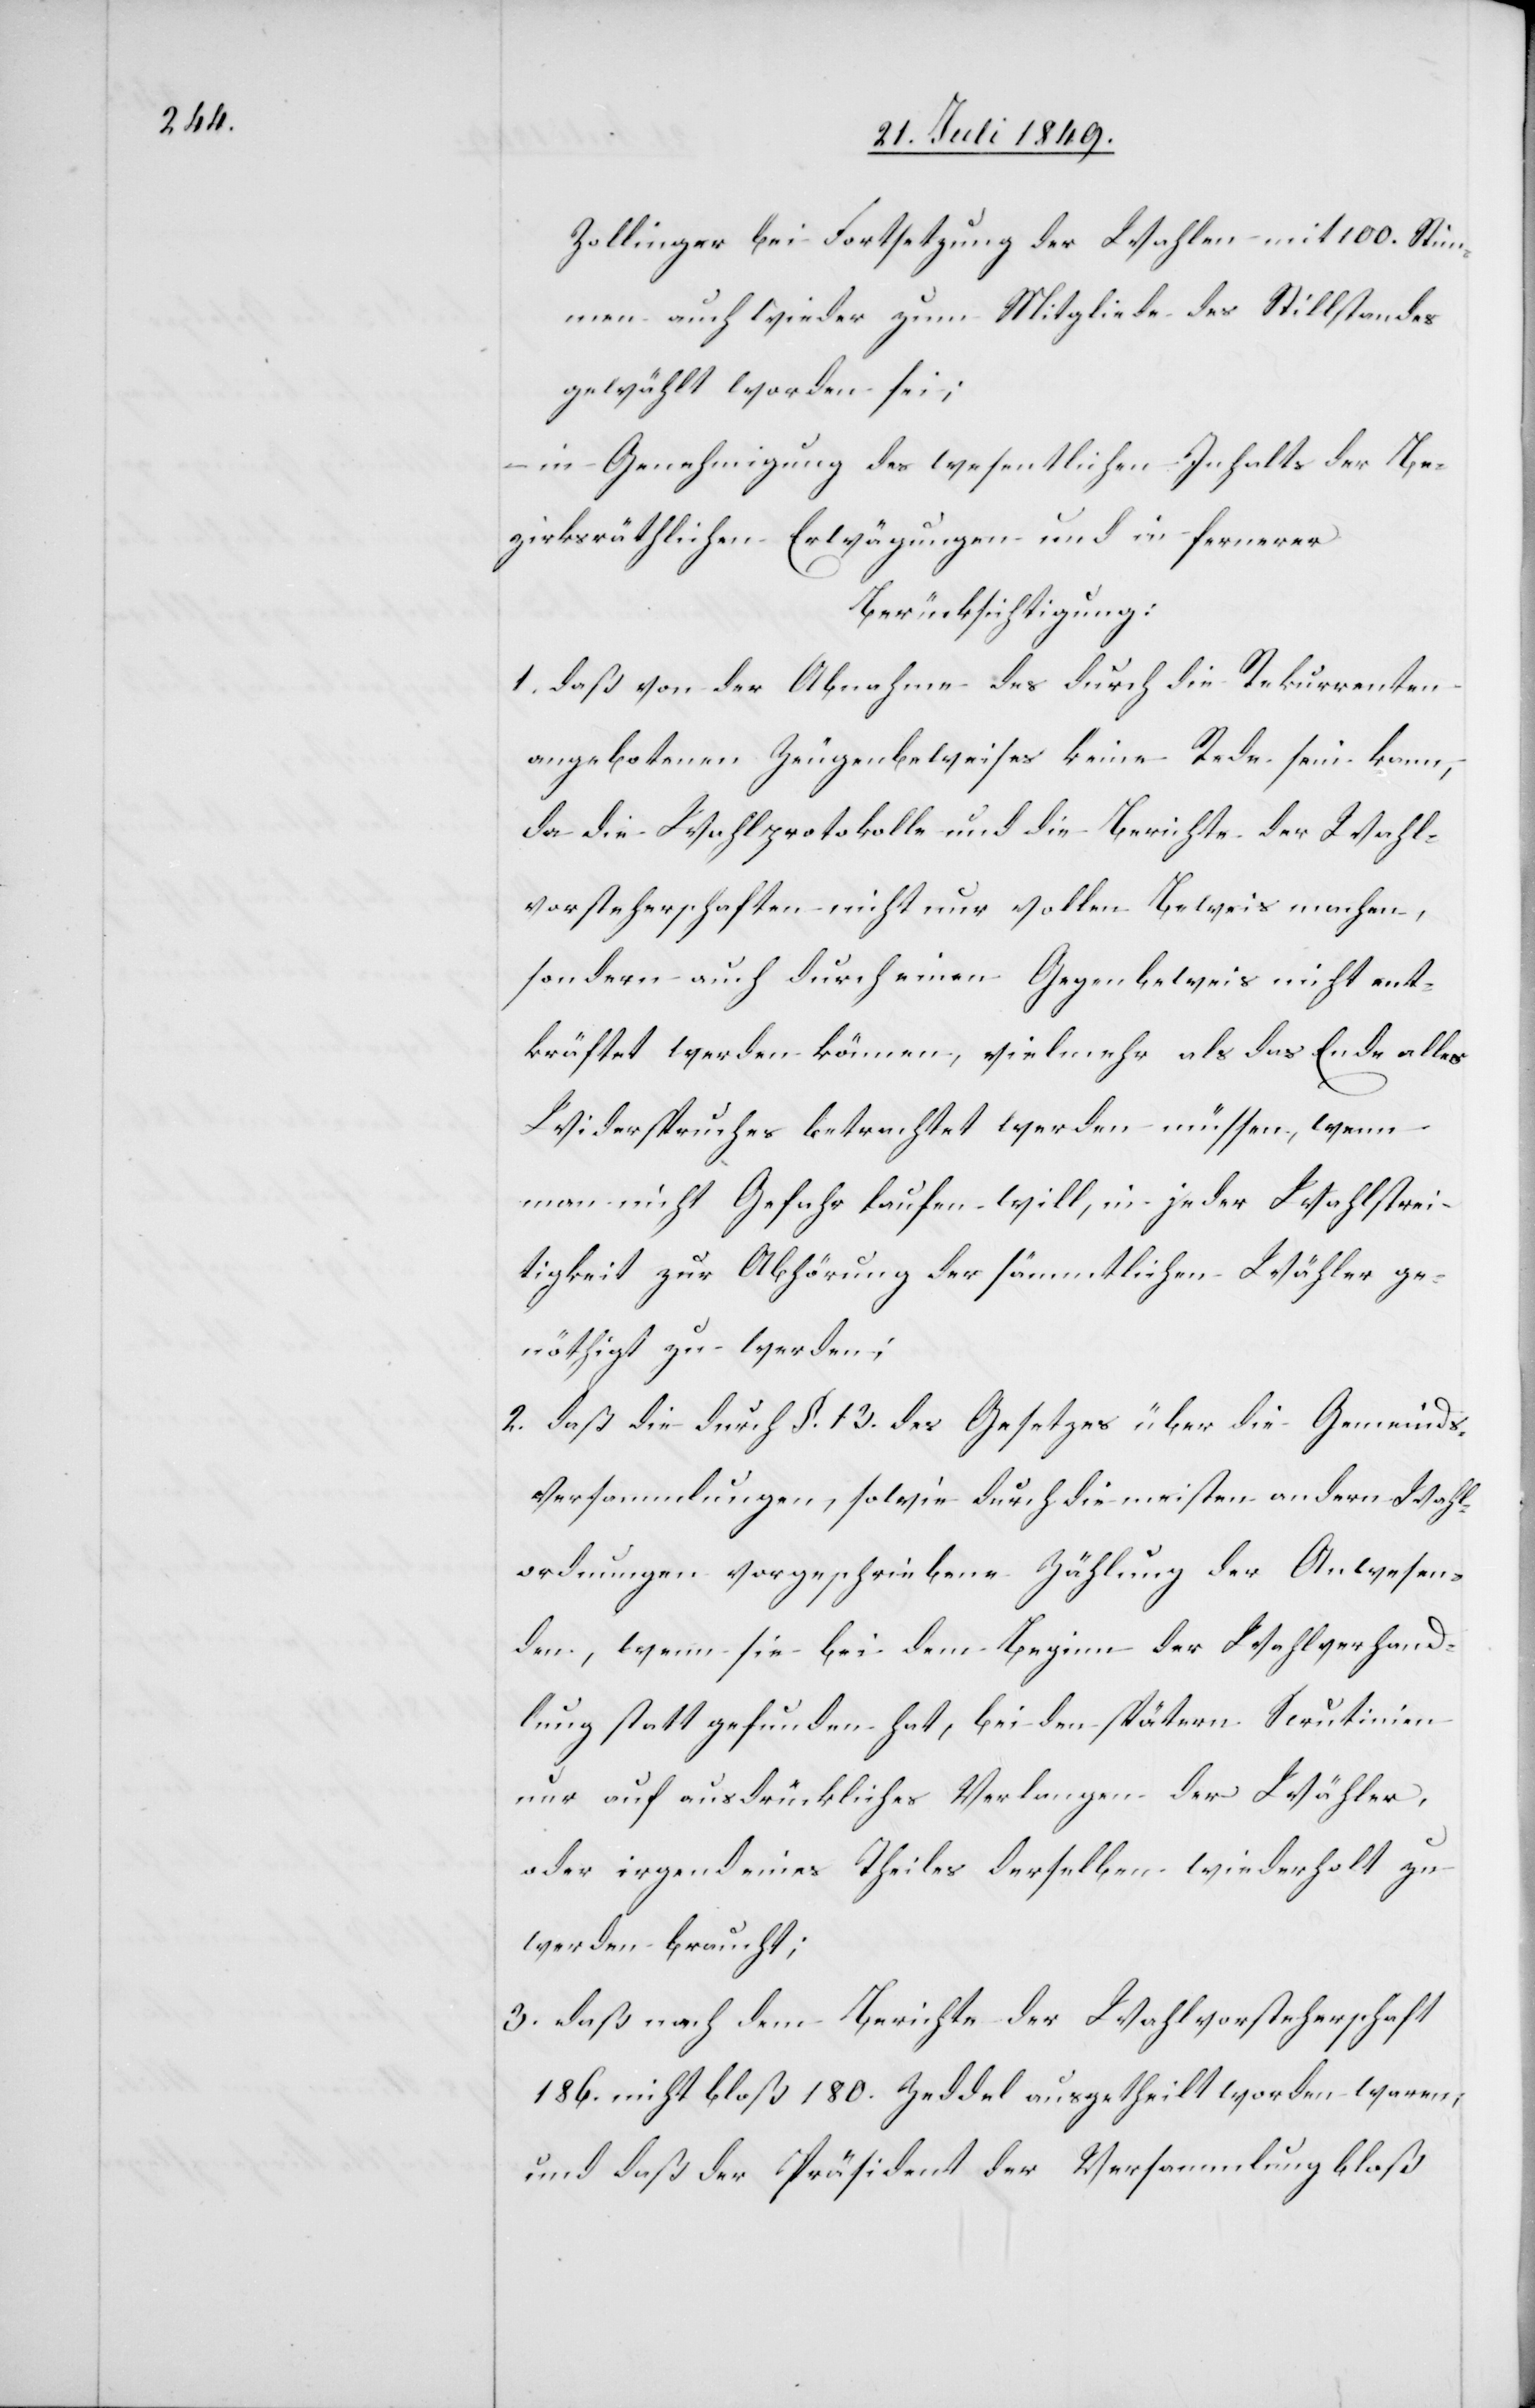
Zollinger bei Fortsetzung der Wahlen mit 100. Stim¬
men auch wieder zum Mitgliede des Stillstandes
gewählt worden sei;
– in Genehmigung des wesentlichen Inhalts der Be¬
zirksräthlichen Erwägungen und in fernerer
Berücksichtigung:
1. daß von der Abnahme des durch die Rekurrenten
angebotenen Zeugenbeweises keine Rede sein kann,
da die Wahlprotokolle und die Berichte der Wahl¬
vorsteherschaften nicht nur vollen Beweis machen,
sondern auch durch einen Gegenbeweis nicht ent¬
kräftet werden können, vielmehr als das Ende alles
Widerspruches betrachtet werden müssen, wenn
man nicht Gefahr laufen will, in jeder Wahlstrei¬
tigkeit zur Abhörung der sämmtlichen Wähler ge¬
nöthigt zu werden;
2. daß die durch §. 13. des Gesetzes über die Gemeinds¬
versammlungen, sowie durch die meisten andern Wahl¬
ordnungen, vorgeschriebene Zählung der Anwesen¬
den, wenn sie bei dem Beginn der Wahlverhand¬
lung statt gefunden hat, beiden spätern Scrutinium
nur auf ausdrückliches Verlangen der Wähler,
oder irgend eines Theiles derselben wiederholt zu
werden braucht;
3. daß nach dem Berichte der Wahlvorsteherschaft
186. nicht bloß 180. Zeddel ausgetheilt worden waren;
und daß der Präsident der Versammlung bloß